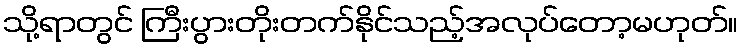
သို့ရာတွင် ကြီးပွားတိုးတက်နိုင်သည့်အလုပ်တော့မဟုတ်။